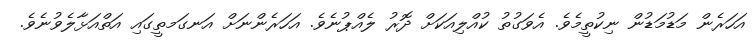
އަހަރެން މަޑުމަޑުން ނިކުތީމެވެ. އެވަގުތު ކުއްލިއަކަށް ދޮރު ލެއްޕުނެވެ. އަހަރެންނަށް އަނގަމތީގައި އަތްއަޅާލެވުނެވެ.